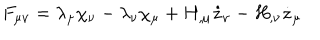
LaTeX: F _ { \mu \nu } = \lambda _ { \mu } \chi _ { \nu } - \lambda _ { \nu } \chi _ { \mu } + H _ { , \mu } \dot { z } _ { \nu } - H _ { , \nu } \dot { z } _ { \mu }